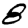
Digit: 8